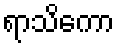
ရာသိကော